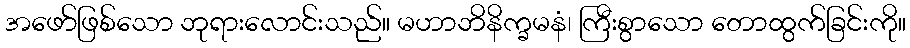
အဖော်ဖြစ်သော ဘုရားလောင်းသည်။ မဟာဘိနိက္ခမနံ၊ ကြီးစွာသော တောထွက်ခြင်းကို။